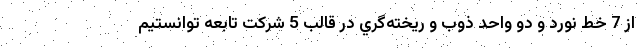
از 7 خط نورد و دو واحد ذوب و ريخته‌گري در قالب 5 شركت تابعه توانستیم